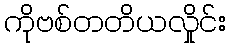
ကိုဗစ်တတိယလှိုင်း